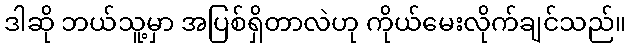
ဒါဆို ဘယ်သူ့မှာ အပြစ်ရှိတာလဲဟု ကိုယ်မေးလိုက်ချင်သည်။